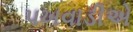
પખવાડીએ